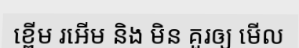
ខ្ពើម រអើម និង មិន គួរឲ្យ មើល